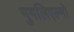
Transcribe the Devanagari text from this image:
गुगलिएल्मो